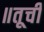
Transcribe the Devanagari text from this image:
॥तूची